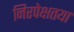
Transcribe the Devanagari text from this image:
निरपेक्षतया